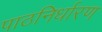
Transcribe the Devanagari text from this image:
पाठनिर्धारण